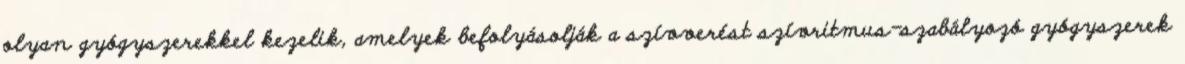
olyan gyógyszerekkel kezelik, amelyek befolyásolják a szívverést szívritmus-szabályozó gyógyszerek